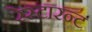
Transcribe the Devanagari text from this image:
रेस्टारन्ट